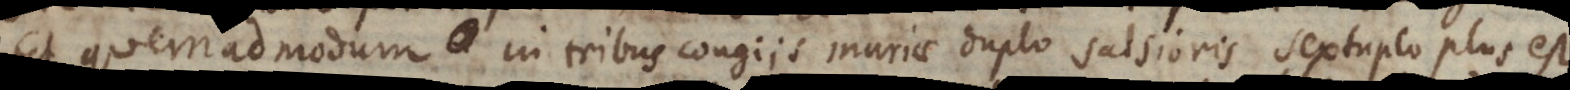
Et quemadmodum in tribus congiis muriae duplo salsioris sextuplo plus est